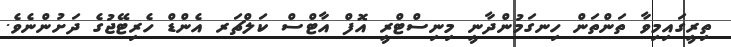
ތިރީގައިމިވާ ތަންތަން ހިނގަމުންދާނީ މިނިސްޓްރީ އޮފް އާޓްސް ކަލްޗަރ އެންޑް ހެރިޓޭޖުގެ ދަށުންނެވެ.